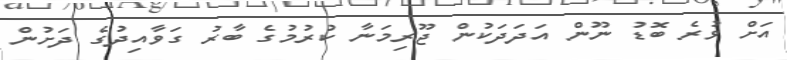
އަށް ވުރެ ބޮޑު ނޫން އަދަދަކުން ޖޫރިމަނާ ކުރުމުގެ ބާރު ގަވާއިދުގެ ދަށުން